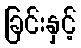
ခြင်းနှင့်